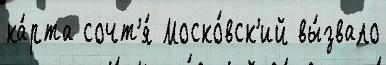
ка́рта сочт'я́ Моско́вск'ий вы́звало